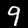
Digit: 9